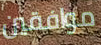
موافقين